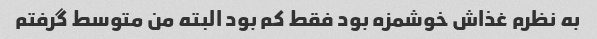
به نظرم غذاش خوشمزه بود فقط کم بود البته من متوسط گرفتم